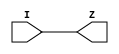
/*
 * Module      : tb_w_icons_top
 * Project Name: W_ICONS
 * Company     : Blackrock Neurotech
 */
`timescale 1ns/1ps
module common_clkbuf (
    I,
    Z
);

    input  I;
    output Z;

    //to be replaced with clk buffer from the STD library
   
    assign Z = I;

endmodule